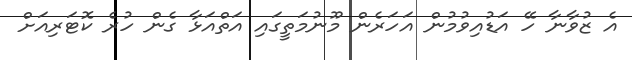
އެ ޒުވާނާ ހޭ އަޑުއިވުމުން އަހަރެން މޫނުމަތީގައި އަތްއަޅާ ގެން ހުރެ ކޮޓަރިއަށް